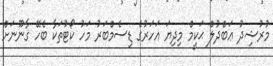
މުރުޝިދު ޢަބްދުލް ޙަކީމް މިދިޔަ އަހަރުގެ ޑިސެމްބަރު މަހު ކޯޓުތަކާ ބެހޭ ގާނޫނަށް